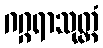
ဂဂ္ဂရာသုတ္တံ